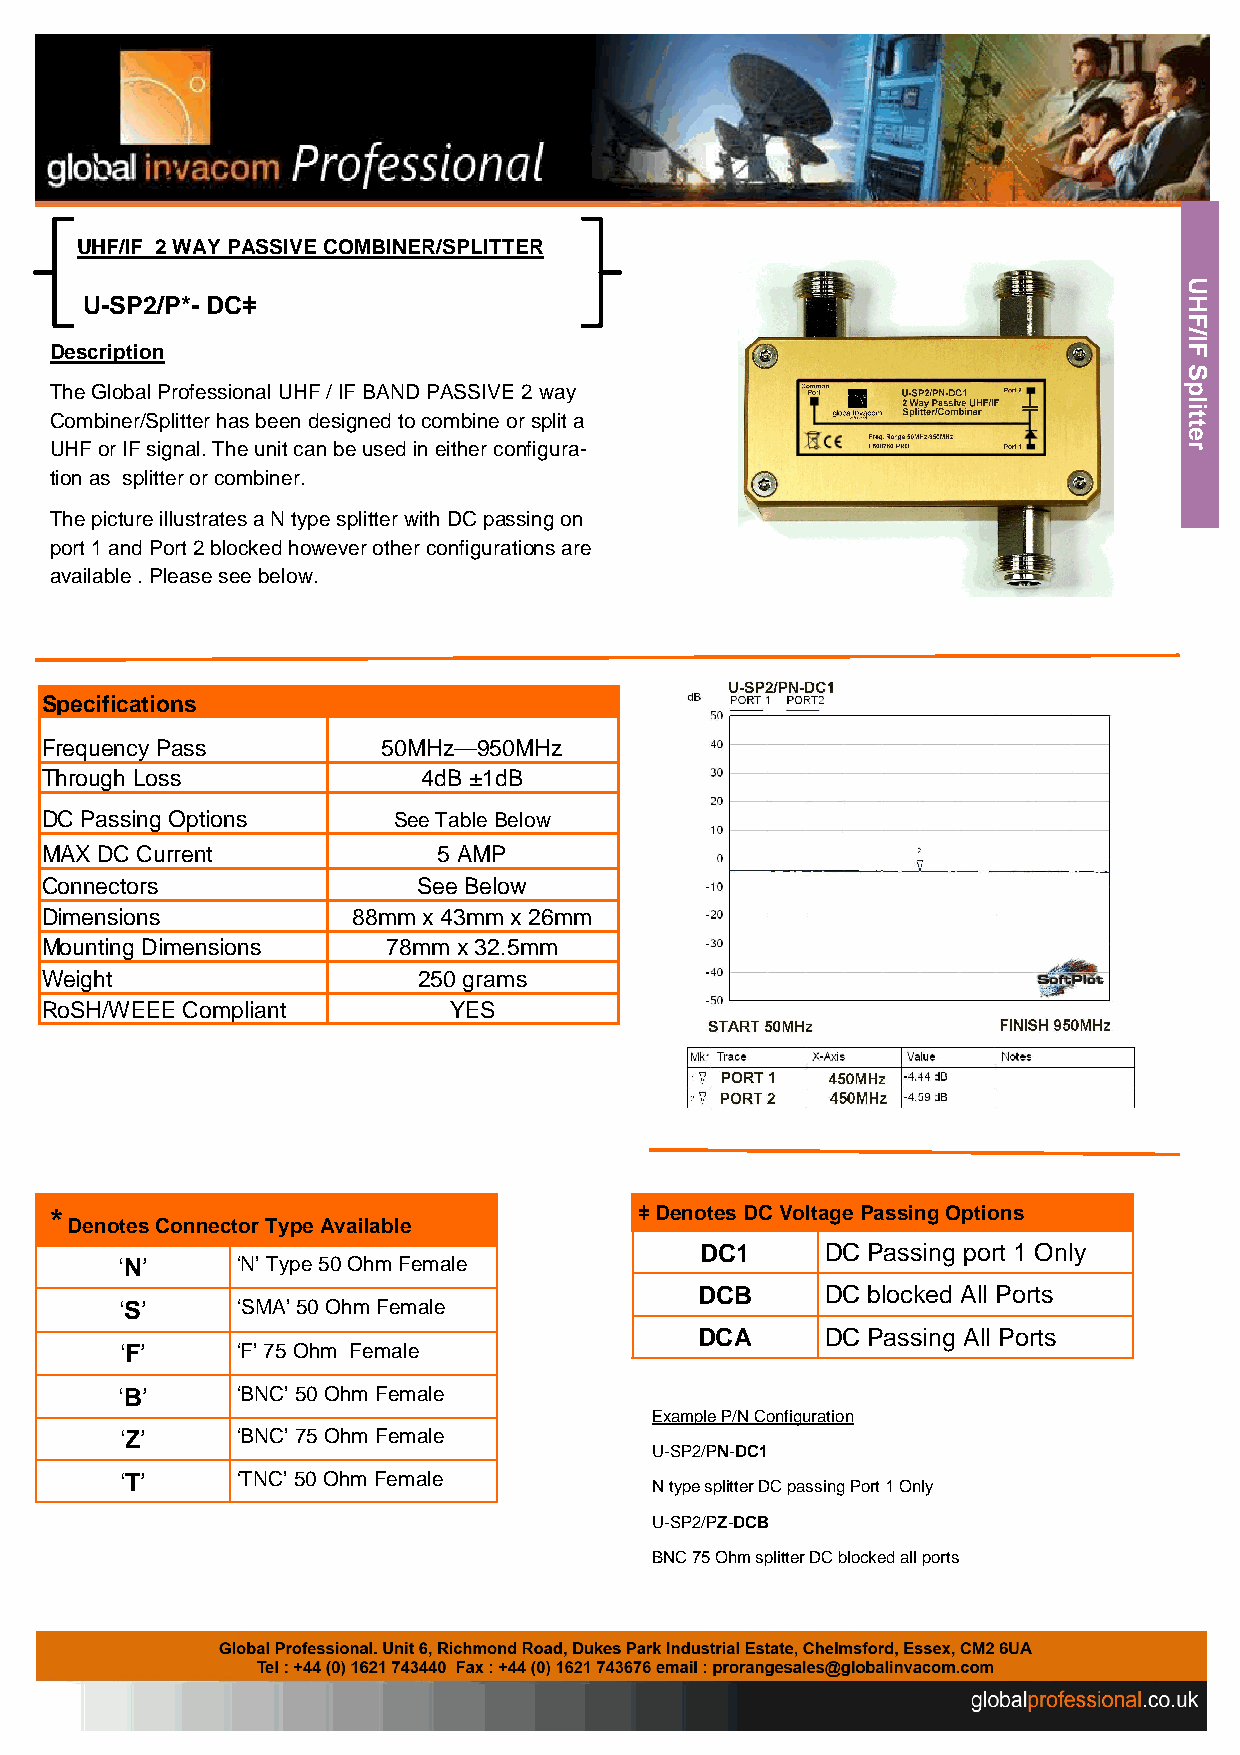
UHF/IF 2 WAY PASSIVE COMBINER/SPLITTER
 U-SP2/P*- DCǂ
 Description
 The Global Professional UHF / IF BAND PASSIVE 2 way
 Combiner/Splitter has been designed to combine or split a
 UHF or IF signal. The unit can be used in either configura-
 tion as splitter or combiner.
 The picture illustrates a N type splitter with DC passing on
 port 1 and Port 2 blocked however other configurations are
 available . Please see below.
 Specifications
 Frequency Pass        50MHz—950MHz
 Through Loss             4dB ±1dB
 DC Passing Options     See Table Below
 MAX DC Current            5 AMP
 Connectors               See Below
 Dimensions          88mm x 43mm x 26mm
 Mounting Dimensions    78mm x 32.5mm
 Weight                   250 grams
 RoSH/WEEE Compliant        YES
 *                                      ǂ Denotes DC Voltage Passing Options
 Denotes Connector Type Available
 DC1      DC Passing port 1 Only
 ‘N’     ‘N’ Type 50 Ohm Female
 DCB      DC blocked All Ports
 ‘S’     ‘SMA’ 50 Ohm Female
 DCA      DC Passing All Ports
 ‘F’     ‘F’ 75 Ohm Female
 ‘B’     ‘BNC’ 50 Ohm Female
 Example P/N Configuration
 ‘Z’     ‘BNC’ 75 Ohm Female
 U-SP2/PN-DC1
 ‘T’     ‘TNC’ 50 Ohm Female
 N type splitter DC passing Port 1 Only
 U-SP2/PZ-DCB
 BNC 75 Ohm splitter DC blocked all ports
 UHF/IF
 Splitter